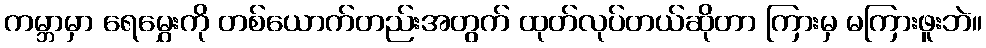
ကမ္ဘာမှာ ရေမွှေးကို တစ်ယောက်တည်းအတွက် ထုတ်လုပ်တယ်ဆိုတာ ကြားမှ မကြားဖူးဘဲ။